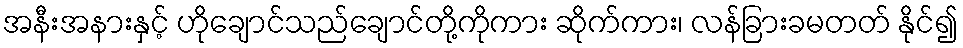
အနီးအနားနှင့် ဟိုချောင်သည်ချောင်တို့ကိုကား ဆိုက်ကား၊ လန်ခြားခမတတ် နိုင်၍